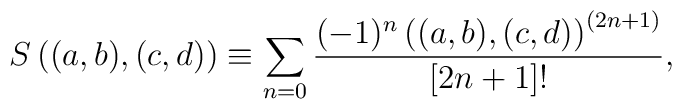
S\left((a,b),(c,d)\right)\equiv\sum_{n=0}\frac{(-1)^{n}\left((a,b),(c,d)\right)^{(2n+1)}}{[2n+1]!},